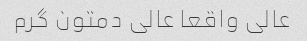
عالی واقعا عالی دمتون گرم